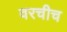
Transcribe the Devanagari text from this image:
वरचीच